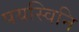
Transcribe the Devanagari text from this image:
पयस्विनि